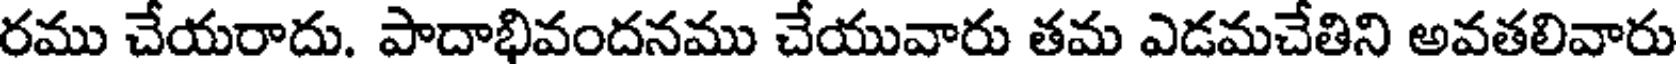
రము చేయరాదు. పాదాభివందనము చేయువారు తమ ఎడమచేతిని అవతలివారు